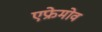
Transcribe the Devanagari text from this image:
एफ्रेमोव